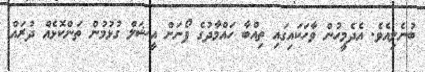
ބުނެލިއެވެ. އެދެމީހުން ވާހަކައިގައި ތިއްބާ ހައްމާދުގެ ފޯނަށް އީޝަލް ގުޅުމުން ތަންކޮޅެއް ދުރައް